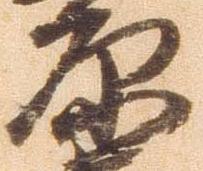
原